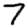
Digit: 7